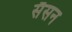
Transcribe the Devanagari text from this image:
सैसन